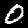
Label: 0